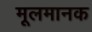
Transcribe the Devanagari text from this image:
मूलमानक